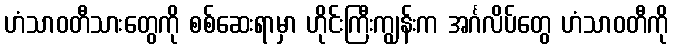
ဟံသာဝတီသားတွေကို စစ်ဆေးရာမှာ ဟိုင်းကြီးကျွန်းက အင်္ဂလိပ်တွေ ဟံသာဝတီကို